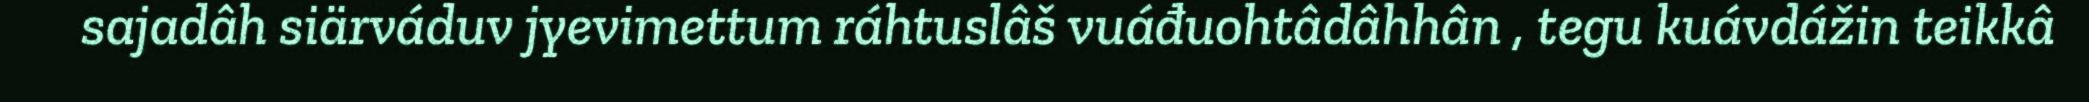
sajadâh siärváduv jyevimettum ráhtuslâš vuáđuohtâdâhhân , tegu kuávdážin teikkâ